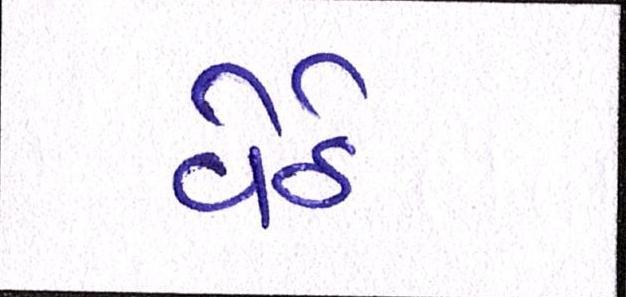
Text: વેઠે